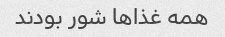
همه غذا‌ها شور بودند